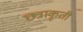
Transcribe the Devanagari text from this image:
छत्राकृती